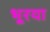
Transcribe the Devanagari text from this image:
भूरया